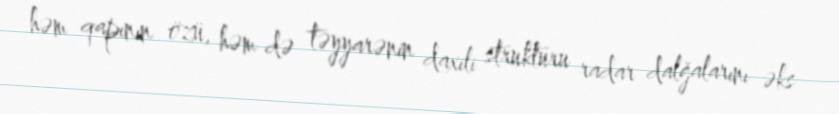
həm qapının özü, həm də təyyarənin daxili strukturu radar dalğalarını əks